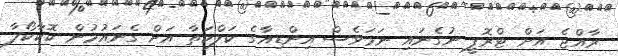
ރާއްޖެ އަށް ޓްރޮފީ ނުގެނައި ނަމަވެސް އިންޑިއާގެ ކަލްކަތާ އަށް ގެނައުމުން ކޮކާކޯލާ